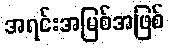
အရင်းအမြစ်အဖြစ်